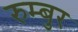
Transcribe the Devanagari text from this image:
रुम्बुर